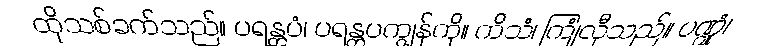
ထိုသစ်ခက်သည်။ ပရန္တပံ၊ ပရန္တပကျွန်ကို။ ကိသံ၊ ကြုံလှီသည်။ ပဏ္ဍုံ၊